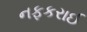
નફકરાઈ